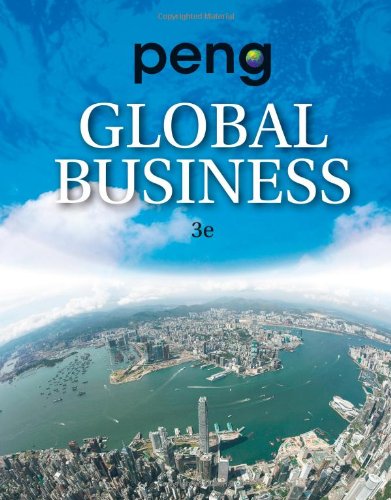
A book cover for Global Business; Mike W. Peng; Business & Money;